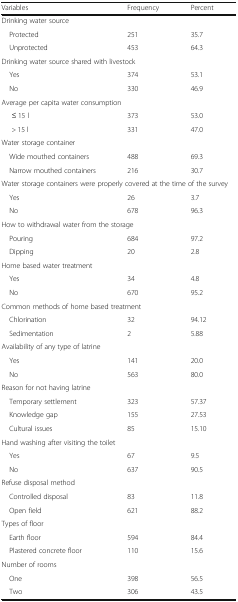
<table><thead><tr><td><b>Variables</b></td><td><b>Frequency</b></td><td><b>Percent</b></td></tr></thead><tbody><tr><td colspan="3">Drinking water source</td></tr><tr><td> Protected</td><td>251</td><td>35.7</td></tr><tr><td> Unprotected</td><td>453</td><td>64.3</td></tr><tr><td colspan="3">Drinking water source shared with livestock</td></tr><tr><td> Yes</td><td>374</td><td>53.1</td></tr><tr><td> No</td><td>330</td><td>46.9</td></tr><tr><td colspan="3">Average per capita water consumption</td></tr><tr><td>≤ 15 l</td><td>373</td><td>53.0</td></tr><tr><td>&gt; 15 l</td><td>331</td><td>47.0</td></tr><tr><td colspan="3">Water storage container</td></tr><tr><td> Wide mouthed containers</td><td>488</td><td>69.3</td></tr><tr><td> Narrow mouthed containers</td><td>216</td><td>30.7</td></tr><tr><td colspan="3">Water storage containers were properly covered at the time of the survey</td></tr><tr><td> Yes</td><td>26</td><td>3.7</td></tr><tr><td> No</td><td>678</td><td>96.3</td></tr><tr><td colspan="3">How to withdrawal water from the storage</td></tr><tr><td> Pouring</td><td>684</td><td>97.2</td></tr><tr><td> Dipping</td><td>20</td><td>2.8</td></tr><tr><td colspan="3">Home based water treatment</td></tr><tr><td> Yes</td><td>34</td><td>4.8</td></tr><tr><td> No</td><td>670</td><td>95.2</td></tr><tr><td colspan="3">Common methods of home based treatment</td></tr><tr><td> Chlorination</td><td>32</td><td>94.12</td></tr><tr><td> Sedimentation</td><td>2</td><td>5.88</td></tr><tr><td colspan="3">Availability of any type of latrine</td></tr><tr><td> Yes</td><td>141</td><td>20.0</td></tr><tr><td> No</td><td>563</td><td>80.0</td></tr><tr><td colspan="3">Reason for not having latrine</td></tr><tr><td> Temporary settlement</td><td>323</td><td>57.37</td></tr><tr><td> Knowledge gap</td><td>155</td><td>27.53</td></tr><tr><td> Cultural issues</td><td>85</td><td>15.10</td></tr><tr><td colspan="3">Hand washing after visiting the toilet</td></tr><tr><td> Yes</td><td>67</td><td>9.5</td></tr><tr><td> No</td><td>637</td><td>90.5</td></tr><tr><td colspan="3">Refuse disposal method</td></tr><tr><td> Controlled disposal</td><td>83</td><td>11.8</td></tr><tr><td> Open field</td><td>621</td><td>88.2</td></tr><tr><td colspan="3">Types of floor</td></tr><tr><td> Earth floor</td><td>594</td><td>84.4</td></tr><tr><td> Plastered concrete floor</td><td>110</td><td>15.6</td></tr><tr><td colspan="3">Number of rooms</td></tr><tr><td> One</td><td>398</td><td>56.5</td></tr><tr><td> Two</td><td>306</td><td>43.5</td></tr></tbody></table>